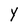
Character: Y